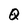
Character: Q